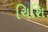
ચિશિ